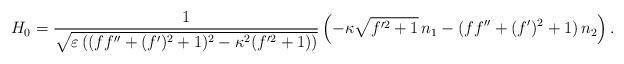
LaTeX: \begin{align*} H_0 = \frac{1}{\sqrt{\varepsilon\left((f f''+(f')^2 + 1)^2 - \kappa^2 (f'^2+1)\right)}} \left(-\kappa \sqrt{f'^2+1} \,n_1 - (f f''+(f')^2 + 1) \,n_2\right).\end{align*}